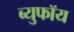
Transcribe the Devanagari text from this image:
ब्युफॉय